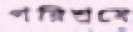
পরিশ্রমে